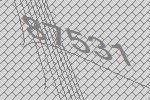
87531